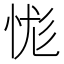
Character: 㤶